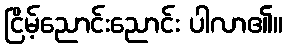
ငြိမ့်ညောင်းညောင်း ပါလာ၏။